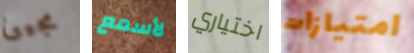
مجيئ لأسمع اختياري امتيازات